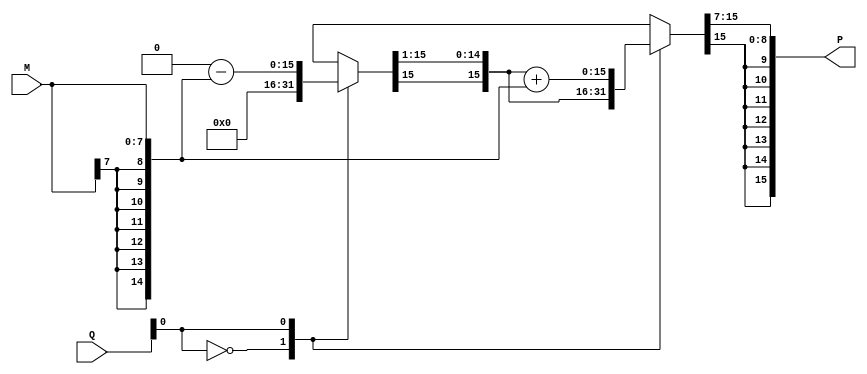
module modified_booth_multiplier #(parameter WIDTH = 8) (
    input signed [WIDTH-1:0] M,         // Multiplicand
    input signed [WIDTH-1:0] Q,         // Multiplier
    output reg signed [(2*WIDTH)-1:0] P // Product output
);

    reg signed [(2*WIDTH)-1:0] A;       // Accumulator
    reg [WIDTH-1:0] Q_ext;               // Extended Q for Booth's algorithm
    reg Q_minus_1;                       // Previous Q bit
    integer count;                       // Shift count

    always @(*) begin
        // Initialize variables
        A = 0;
        Q_ext = {1'b0, Q};                // Sign extend the multiplier
        Q_minus_1 = 0;
        P = 0;
        count = 0;

        // Modified Booth multiplier operation
        for (count = 0; count < WIDTH; count = count + 1) begin
            case ({Q_ext[0], Q_minus_1})
                2'b00: begin
                    A = A; // No action
                end
                2'b01: begin
                    A = A + {{(WIDTH-1){M[WIDTH-1]}}, M}; // Add M
                end
                2'b10: begin
                    A = A - {{(WIDTH-1){M[WIDTH-1]}}, M}; // Subtract M
                end
                2'b11: begin
                    A = A; // No action
                end
            endcase
            
            // Right shift (including Q_minus_1)
            {A, Q_minus_1} = {A[(2*WIDTH)-1], A[(2*WIDTH)-1:1], Q_ext[0]};
            Q_ext = {Q_ext[WIDTH-1:1], 1'b0}; // Shift Q
        end

        P = A; // Final product
    end
endmodule